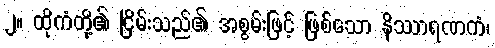
၂။ ထိုကံတို့၏ ငြိမ်းသည်၏ အစွမ်းဖြင့် ဖြစ်သော နိဿာရဏကံ၊